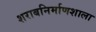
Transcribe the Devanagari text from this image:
शराबनिर्माणशाला